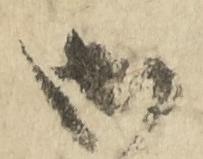
御